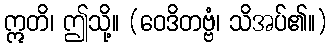
ဣတိ၊ ဤသို့။ (ဝေဒိတဗ္ဗံ၊ သိအပ်၏။)